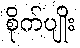
စိုက်ပျိုး